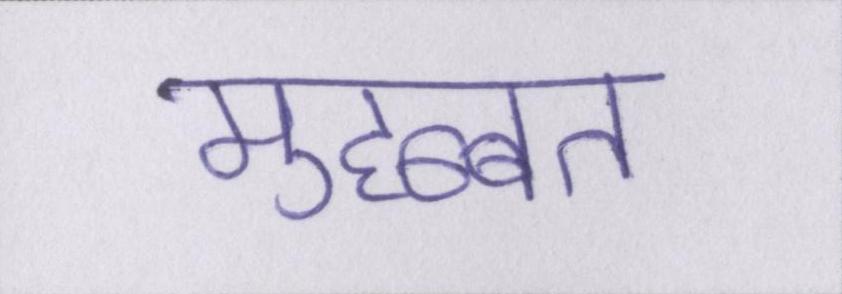
मुहब्बत